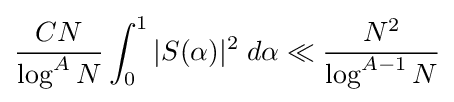
{\frac {CN}{\log ^{A}N}}\int _{0}^{1}|S(\alpha )|^{2}\;d\alpha \ll {\frac {N^{2}}{\log ^{A-1}N}}